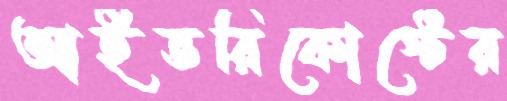
আইভরিকোস্টের